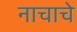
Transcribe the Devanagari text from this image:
नाचाचे